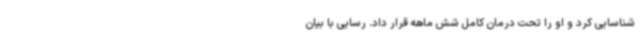
شناسایی کرد و او را تحت درمان کامل شش ماهه قرار داد. رسایی با بیان